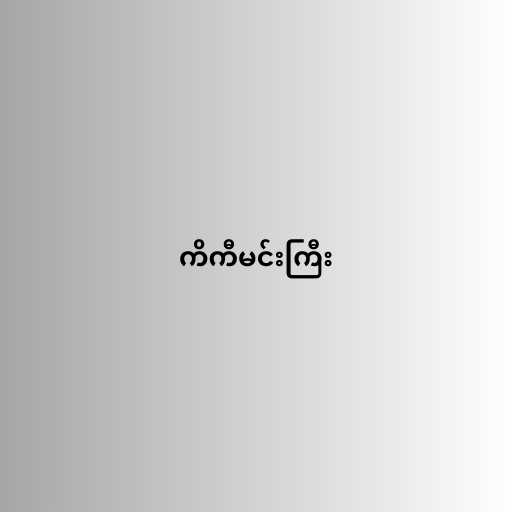
ကိကီမင်းကြီး